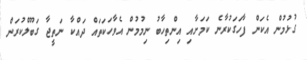
ގުޅުމުން އެކަން ފާހަގަކުރާނެ ކަމަށާއި އިންތިހާބު ނިމުމުން އެވާހަކަތައް ދައްކާ ނަތީޖާ ގަބޫލްކުރަން